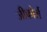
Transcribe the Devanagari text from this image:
जीफोर्स